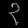
Digit: ၃